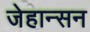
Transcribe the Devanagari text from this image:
जेहान्सन